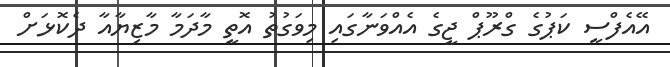
އޭއެފްސީ ކަޕުގެ ގްރޫޕް ޖީގެ އެއްވަނާގައި މިވަގުތު އޮތީ މާދަމާ މާޒިޔާއާ ދެކޮޅަށް